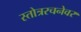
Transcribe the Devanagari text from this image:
स्तोत्ररचनेवर